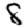
Digit: 8